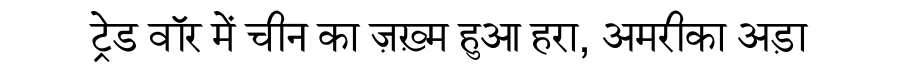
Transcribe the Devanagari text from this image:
ट्रेड वॉर में चीन का ज़ख़्म हुआ हरा, अमरीका अड़ा